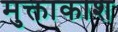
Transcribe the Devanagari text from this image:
मुक्ताकाश